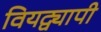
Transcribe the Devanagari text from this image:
वियद्व्यापी